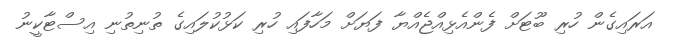
އަރައިގެން ހުރި ބޫޓަށް ފެންއެޅިއްޖެއްޔާ ފަޔަށް މަހާފައި ހުރި ކަޅުކުލައިގެ ތުނިތުނި އިސްޓާކީނު